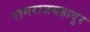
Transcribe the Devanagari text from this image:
रामराजबहादुर